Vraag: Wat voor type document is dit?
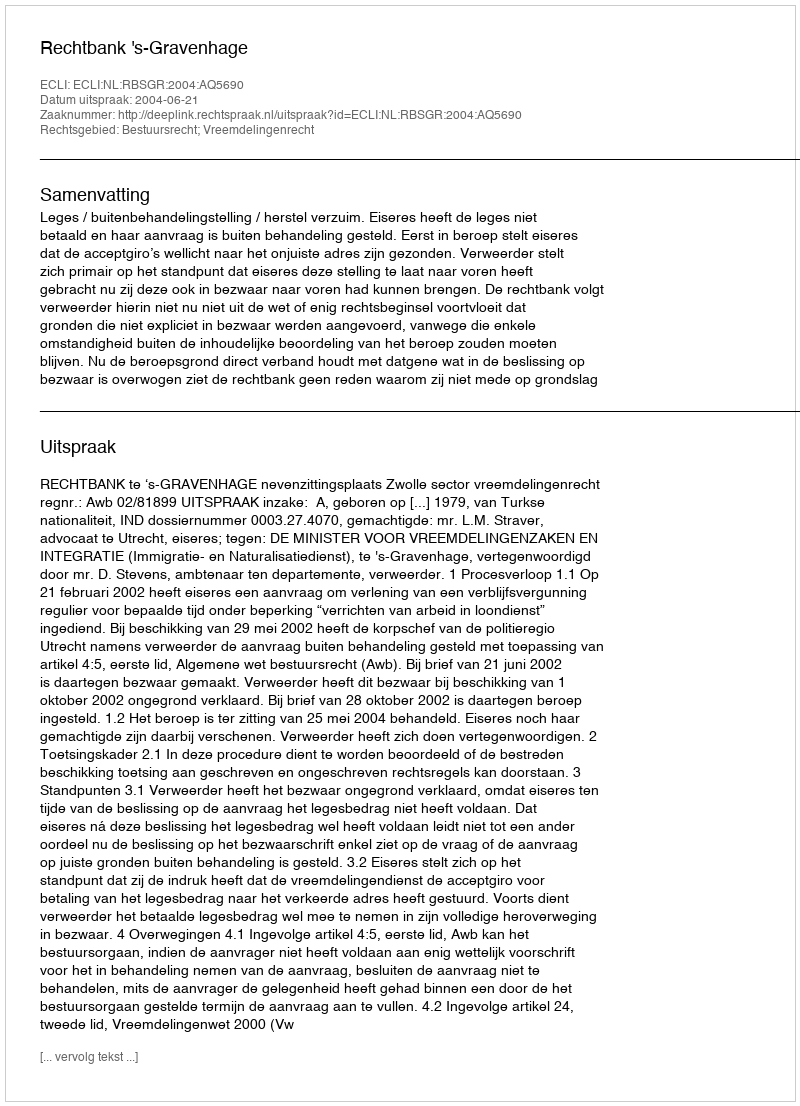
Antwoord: Uitspraak